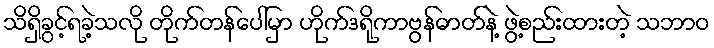
သိရှိခွင့်ရခဲ့သလို တိုက်တန်ပေါ်မှာ ဟိုက်ဒရိုကာဗွန်ဓာတ်နဲ့ ဖွဲ့စည်းထားတဲ့ သဘာဝ